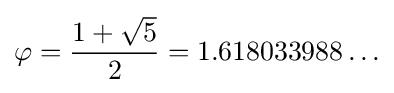
\varphi ={\frac {1+{\sqrt {5}}}{2}}=1.618033988\ldots